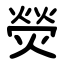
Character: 熒